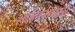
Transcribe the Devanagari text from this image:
आईएआरसी